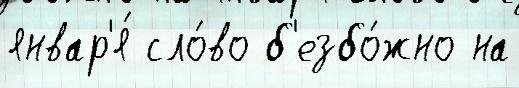
январ'я́ сло́во б'езбо́жно на